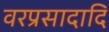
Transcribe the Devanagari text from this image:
वरप्रसादादि